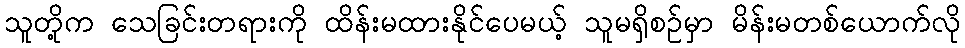
သူတို့က သေခြင်းတရားကို ထိန်းမထားနိုင်ပေမယ့် သူမရှိစဉ်မှာ မိန်းမတစ်ယောက်လို